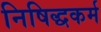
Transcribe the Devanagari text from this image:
निषिद्धकर्म